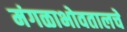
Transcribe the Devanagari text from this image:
मंगळाभोवतालचे